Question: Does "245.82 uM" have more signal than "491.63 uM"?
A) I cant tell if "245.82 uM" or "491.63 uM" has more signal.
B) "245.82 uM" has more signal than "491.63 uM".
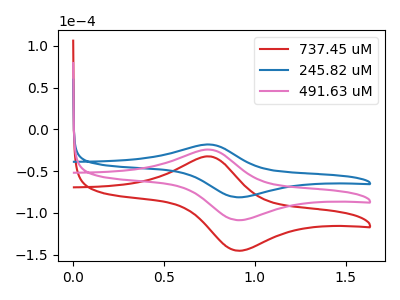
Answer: <think>The red curve "737.45 uM" has an anodic peak at (0.75V, -48.45uA) and a cathodic peak at (0.90V, -217.45uA). The blue curve "245.82 uM" has an anodic peak at (0.75V, -18.15uA) and a cathodic peak at (0.90V, -81.35uA). The pink curve "491.63 uM" has an anodic peak at (0.75V, -24.25uA) and a cathodic peak at (0.90V, -108.75uA).
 All the peaks in "245.82 uM" have a peak in "491.63 uM" at the same potential.</think>
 <answer>A) I cant tell if "245.82 uM" or "491.63 uM" has more signal.</answer>
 <eval>A</eval>